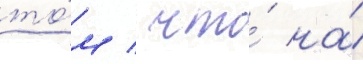
то́м / что́ на́